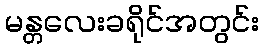
မန္တလေးခရိုင်အတွင်း